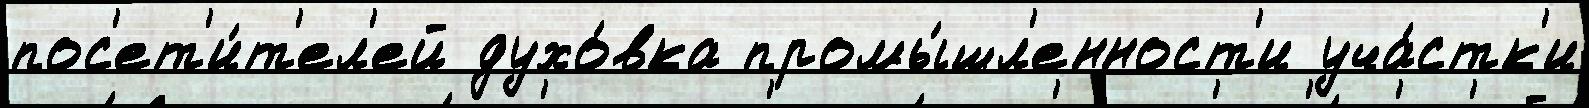
пос'ет'и́т'ел'ей духо́вка промы́шл'енност'и уча́стк'и